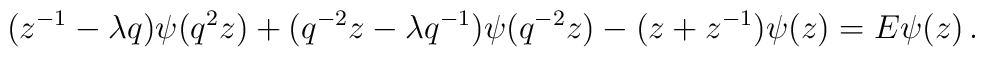
(z^{-1}-\lambda q)\psi (q^2 z)+(q^{-2}z-\lambda q^{-1})\psi (q^{-2}z)-(z+z^{-1})\psi (z)=E\psi (z)\,.